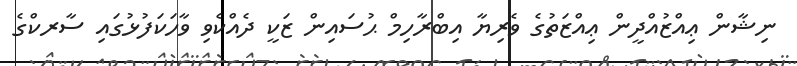
ނިޝާން ޢިއްޒުއްދީން ޢިއްޒަތުގެ ވެރިޔާ އިބްރާހިމް ޙުސައިން ޒަކީ ދެއްކެވި ވާހަކަފުޅުގައި ސާރކްގެ